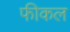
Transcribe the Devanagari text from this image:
फीकल